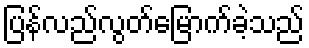
ပြန်လည်လွတ်မြောက်ခဲ့သည်